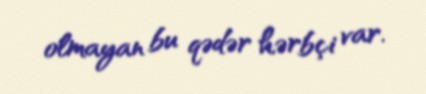
olmayan bu qədər hərbçi var.